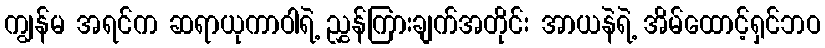
ကျွန်မ အရင်က ဆရာယုကာဝါရဲ့ ညွှန်ကြားချက်အတိုင်း အာယနဲရဲ့ အိမ်ထောင့်ရှင်ဘဝ